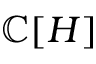
\mathbb { C } [ H ]